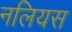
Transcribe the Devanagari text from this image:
नलियस